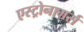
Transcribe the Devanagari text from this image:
एस्ट्रोनामर्स